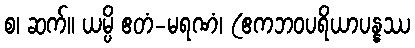
စ၊ ဆက်။ ယမ္ပိ ဧတံ-မရဏံ၊ (ဧကဘဝပရိယာပန္နဿ